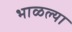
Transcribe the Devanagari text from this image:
भाळल्या